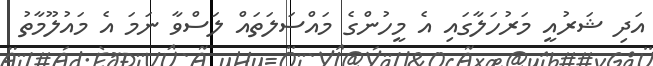
އަދި ޝަރުއީ މަރުހަލާގައި އެ މީހުންގެ މައްސަލަތައް ލަސްވާ ނަމަ އެ މައުލޫމާތު